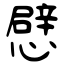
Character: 憵